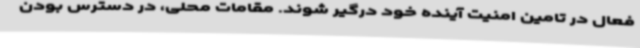
فعال در تامین امنیت آینده خود درگیر شوند. مقامات محلی، در دسترس بودن